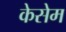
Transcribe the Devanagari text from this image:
केसेम